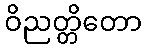
ဝိညတ္တိတော